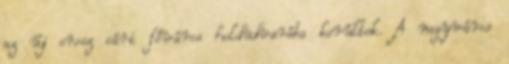
az új orosz cári főváros holdudvarába kerültek. A nagyváros